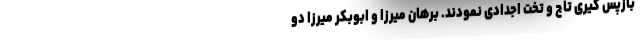
بازپس گیری تاج و تخت اجدادی نمودند. برهان میرزا و ابوبکر میرزا دو